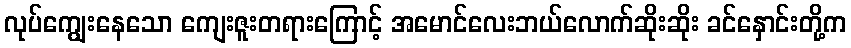
လုပ်ကျွေးနေသော ကျေးဇူးတရားကြောင့် အမောင်လေးဘယ်လောက်ဆိုးဆိုး ခင်နှောင်းတို့က